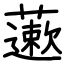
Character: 藗